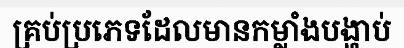
គ្រប់ប្រភេទដែលមានកម្លាំងបង្ហាប់